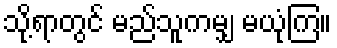
သို့ရာတွင် မည်သူကမျှ မယုံကြ။